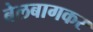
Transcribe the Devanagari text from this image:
बेलबागकर